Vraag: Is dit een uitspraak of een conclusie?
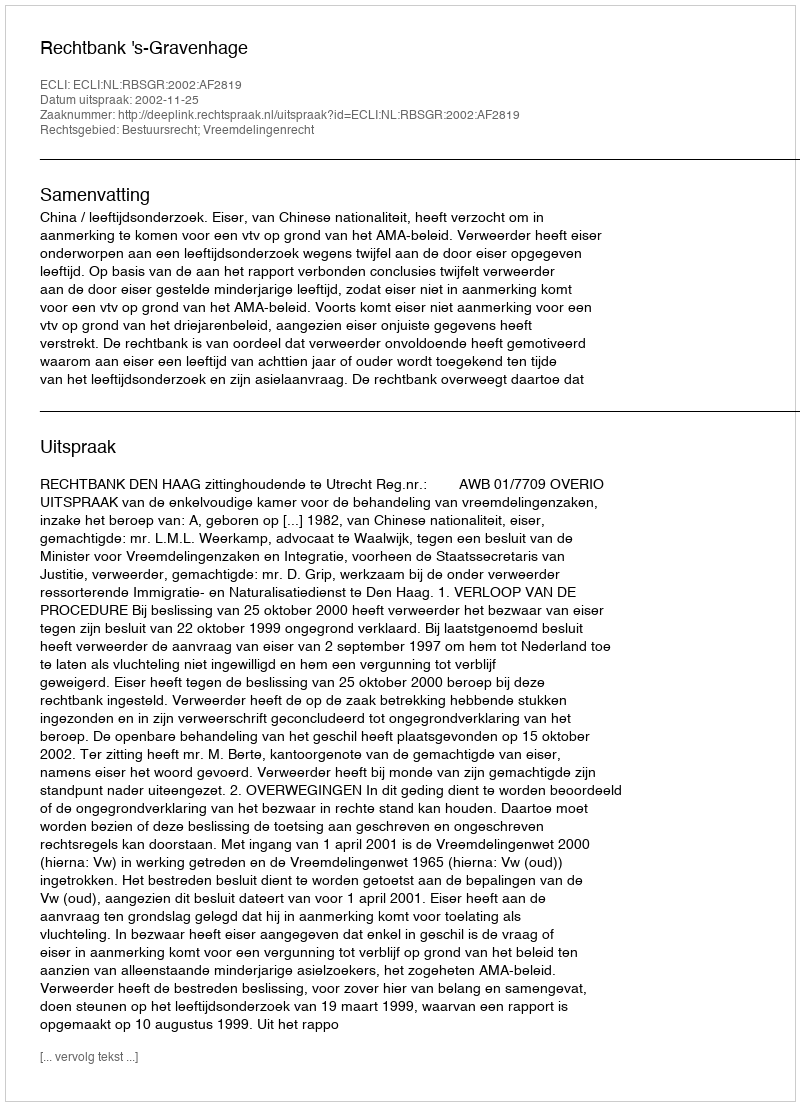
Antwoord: Uitspraak